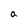
Character: a